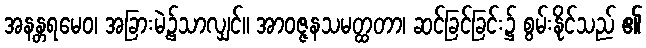
အနန္တရမေဝ၊ အခြားမဲ့၌သာလျှင်။ အာဝဇ္ဇနသမတ္ထတာ၊ ဆင်ခြင်ခြင်း၌ စွမ်းနိုင်သည် ၏